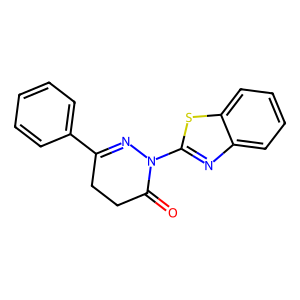
SMILES: O=C1CCC(c2ccccc2)=NN1c1nc2ccccc2s1
Inhibits HIV replication: No